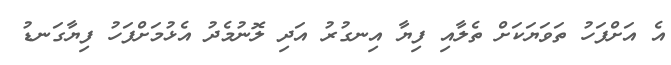
އެ އަށްފަހު ތަވަޔަކަށް ތެލާއި ފިޔާ އިނގުރު އަދި ލޮނުމެދު އެޅުމަށްފަހު ފިޔާގަނޑު